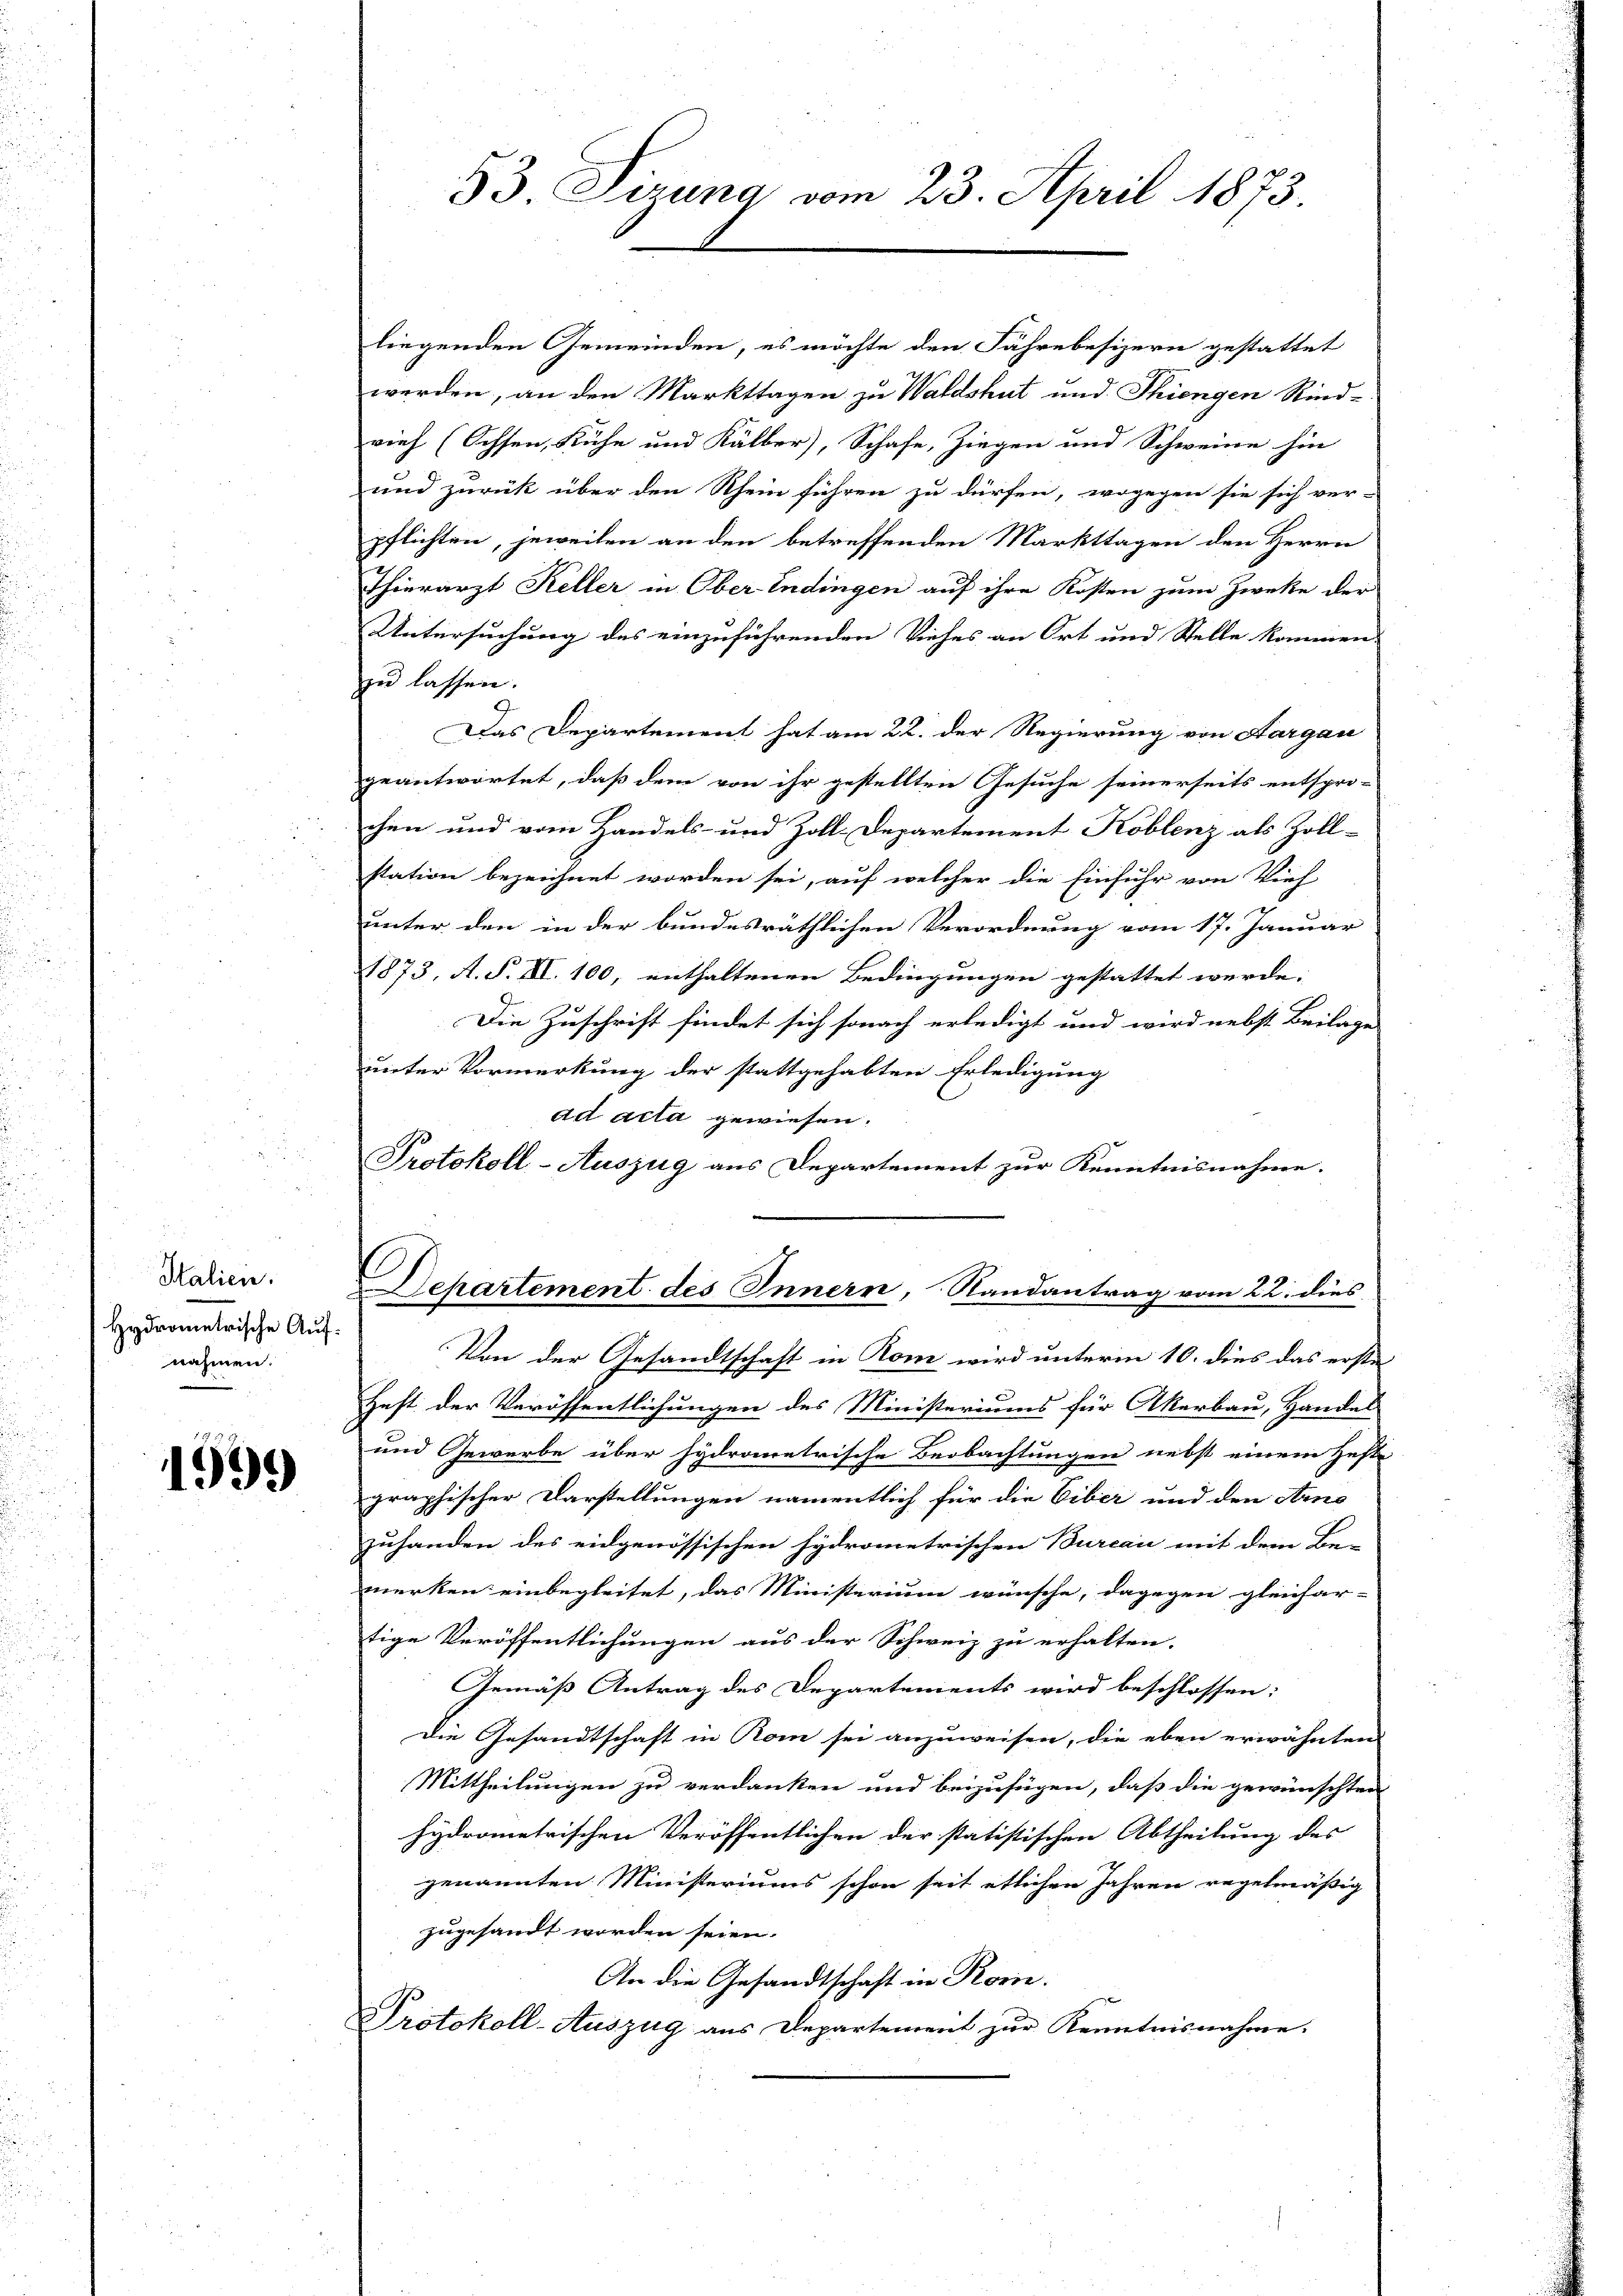
Italien.
Hydrometrische Aufnahmen.

1999

liegenden Gemeinden, es möchte den Fährebesizern gestattet
werden, an den Markttagen zu Waldshut und Thiengen Rind-
vieh (Ochsen, Kühe und Kälber, Schafe, Ziegen und Schweine hin
und zurück über den Rhein führen zu dürfen, wogegen sie sich ver-
pflichten, jeweilen an den betreffenden Markttagen den Herrn
Thierarzt Keller in Ober-Endingen auf ihre Kosten zum Zwecke der
Untersuchung des einzuführenden Viehes an Ort und Stelle kommen.
zu lassen.
Das Departement hat am 22. der Regierung von Aargau
geantwortet, daß dem von ihr gestellten Gesuche seinerseits entspro-
chen und vom Handels- und Zoll-Departement Koblenz als Zoll-
station bezeichnet worden sei, auf welcher die Einführ von Vieh
unter den in der bundesräthlichen Verordnung vom 17. Januar
1873, A. S. XI. 100, enthaltenen Bedingungen gestattet werde.
Die Zuschrift findet sich sonach erledigt und wird nebst Beilage
unter Vormerkung der stattgehabten Erledigung
ad acta gewiesen.
Protokoll-Auszug aus Departement zur Kenntnisnahme.

53 Sizung vom 23. April 1873.

Dehartement des Innern, Randantrag vom 22. dies

Von der Gesandtschaft in Rom wird unterm 10. dies das erste
Heft der Veröffentlichungen des Ministeriums für Akerbau, Handes
und Gewerbe über hydrometrische Beobachtungen nebst einem Hefte
graphischer Darstellungen namentlich für die Eiber und den Are
zuhanden des eidgenössischen Hydrometrischen Burcai mit dem Be-
merken einbegleitet, das Ministerium wünsche, dagegen gleichar-
tige Veröffentlichungen aus der Schweiz zu erhalten.
Gemäß Antrag des Departements wird beschlossen:
Die Gesandtschaft in Rom sei anzuweisen, die eben erwähnten
Mittheilungen zu verdanken und beizufügen, daß die gewünschten
hydrometrischen Veröffentlichen der statistischen Abtheilung des
genannten Ministeriums schon seit etlichen Jahren regelmäßig
zugesandt worden seien.
An die Gesandtschaft in Korn.
Protokoll-Auszug aus Departement zur Kenntnisnahme.